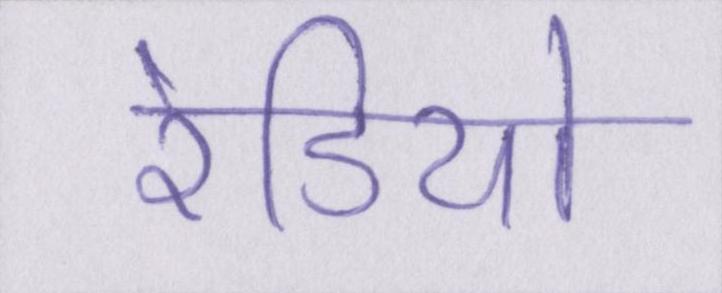
रेडियो